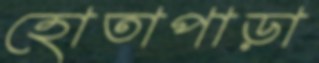
হোতাপাড়া